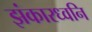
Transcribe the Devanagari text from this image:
झंकारध्वनि